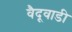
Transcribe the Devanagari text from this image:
वैदूवाडी